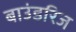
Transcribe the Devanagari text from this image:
बाउंडरिज